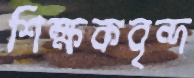
শিক্ষকবৃন্দ